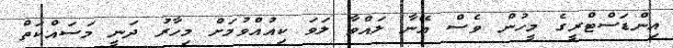
އިންޑަސްޓްރީގެ މީހުން ވެސް އޭނާ ލައްވާ ލަވަ ކިއުއްވުމަށް މިހާރު ދަނީ މަސައްކަތް